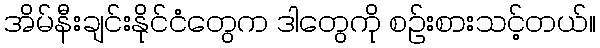
အိမ်နီးချင်းနိုင်ငံတွေက ဒါတွေကို စဉ်းစားသင့်တယ်။